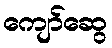
ကျော်ဆွေ